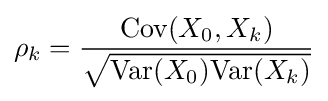
\rho _{k}={\frac {\mathrm {Cov} (X_{0},X_{k})}{\sqrt {\mathrm {Var} (X_{0})\mathrm {Var} (X_{k})}}}